Vaccination in the Punjab 1897-1904 - 1897-1904
Year: 1897
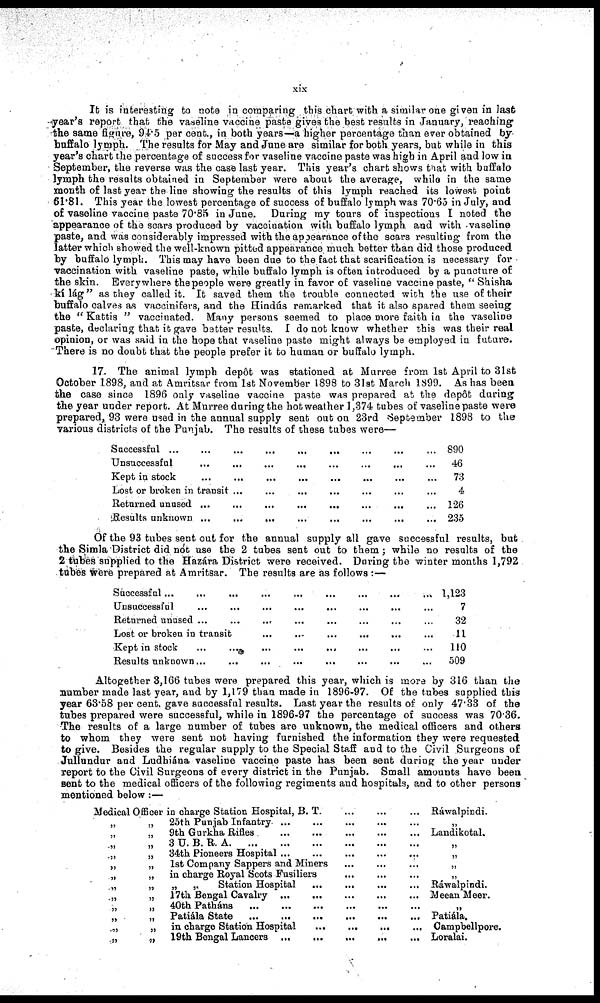
xix
It is interesting to note in comparing this chart with a similar one given in last
year's report that the vaseline vaccine paste gives the best results in January, reaching
the same figure, 94.5 per cent., in both years—a higher percentage than ever obtained by
buffalo lymph. The results for May and June are similar for both years, but while in this
year's chart the percentage of success for vaseline vaccine paste was high in April and low in
September, the reverse was the case last year. This year's chart shows that with buffalo
lymph the results obtained in September were about the average, while in the same
month of last year the line showing the results of this lymph reached its lowest point
61.81. This year the lowest percentage of success of buffalo lymph was 70.65 in July, and
of vaseline vaccine paste 70.85 in June. During my tours of inspections I noted the
appearance of the scars produced by vaccination with buffalo lymph and with vaseline
paste, and was considerably impressed with the appearance of the scars resulting from the
latter which showed the well-known pitted appearance much better than did those produced
by buffalo lymph. This may have been due to the fact that scarification is necessary for
vaccination with vaseline paste, while buffalo lymph is often introduced by a puncture of
the skin. Everywhere the people were greatly in favor of vaseline vaccine paste, " Shisha
kílág" as they called it. It saved them the trouble connected with the use of their
buffalo calves as vaccinifers, and the Hindús remarked that it also spared them seeing
the " Kattis " vaccinated. Many persons seemed to place more faith in the vaseline
paste, declaring that it gave better results. I do not know whether this was their real
opinion, or was said in the hope that vaseline paste might always be employed in future.
There is no doubt that the people prefer it to human or buffalo lymph.
17. The animal lymph depôt was stationed at Murree from 1st April to 31st
October 1898, and at Amritsar from 1st November 1898 to 31st March 1899. As has been
the case since 1896 only vaseline vaccine paste was prepared at the depôt during
the year under report. At Murree during the hot weather 1,374 tubes of vaseline paste were
prepared, 93 were used in the annual supply sent out on 23rd September 1898 to the
various districts of the Punjab. The results of these tubes were—
Successful ... ... ... ... ... ... ... ... ...
Unsuccessful ... ... ... ... ... ... ... ...
Kept in stock ... ... ... ... ... ... ... ...
Lost or broken in transit ... ... ... ... ... ... ...
Returned unused ... ... ... ... ... ... ... ...
Results unknown ... ... ... ... ... ... ...
890
46
73
4
126
235
Of the 93 tubes sent out for the annual supply all gave successful results, but
the Simla District did not use the 2 tubes sent out to them; while no results of the
2 tubes supplied to the Hazára District were received. During the winter months 1,792
tubes were prepared at Amritsar. The results are as follows :—
Successful
...
...
...
...
...
...
...
...
Unsuccessful ... ... ... ... ... ... ... ...
Returned unused ... ... ... ... ... ... ... ...
Lost or broken in transit ... ... ... ... ... ...
Kept in stock ... ... ... ... ... ... ... ...
Results unknown ... ... ... ... ... ... ... ...
1,123
7
32
11
110
509
Altogether 3,166 tubes were prepared this year, which is more by 316 than the
number made last year, and by 1,179 than made in 1896-97. Of the tubes supplied this
year 63.58 per cent. gave successful results. Last year the results of only 47.33 of the
tubes prepared were successful, while in 1896-97 the percentage of success was 70.36.
The results of a large number of tubes are unknown, the medical officers and others
to whom they were sent not having furnished the information they were requested
to give. Besides the regular supply to the Special Staff and to the Civil Surgeons of
Jullundur and Ludhiána vaseline vaccine paste has been sent during the year under
report to the Civil Surgeons of every district in the Punjab. Small amounts have been
sent to the medical officers of the following regiments and hospitals, and to other persons
mentioned below :—
Medical Officer in charge Station Hospital, B. T. ... ... ...
„
„ 25th Punjab Infantry ... ... ... ... ...
„
„ 9th Gurkha Rifles
...
...
...
...
...
.„
„ 3 U.B.R.A.
...
...
...
...
...
...
.„
„ 34th Pioneers Hospital
...
...
...
...
„
„
1st Company Sappers and Miners ... ... ...
„
„ in charge Royal Scots Fusiliers
...
...
...
„
„
„
„
Station Hospital
...
...
...
...
.„
„ 17th Bengal Cavalry ... ... ... ... ...
„
„ 40th Patháns ... ... ... ... ... ...
„
„ Patiála State
...
...
...
...
...
...
„
„ in charge Station Hospital ... ... ... ...
„
„ 19th Bengal Lancers ... ... ... ... ...
Ráwalpindi.
„
Landikotal.
„
„
„
„
Ráwalpindi.
Meean Meer.
„
Patiála.
Campbellpore.
Loralai.